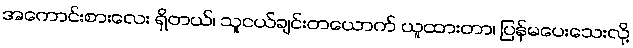
အကောင်းစားလေး ရှိတယ်၊ သူငယ်ချင်းတယောက် ယူထားတာ၊ ပြန်မပေးသေးလို့